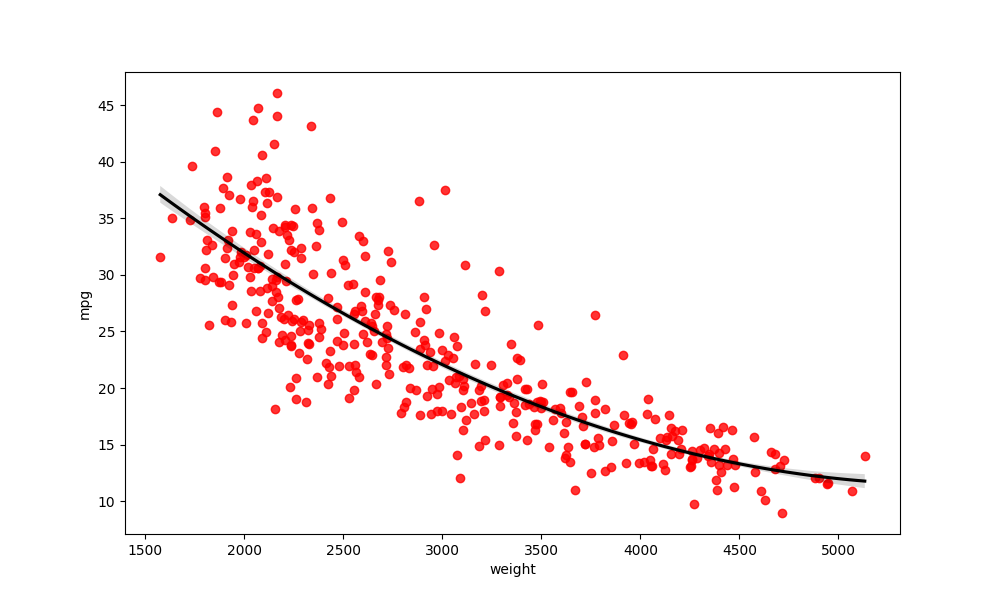
python, seaborn, regplot, order=2, ci=68, scatter_color=red, line_color=black